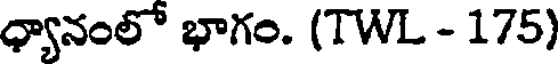
ధ్యానంలో భాగం. (TWL - 175)